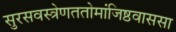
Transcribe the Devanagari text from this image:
सुरसवस्त्रेणततोमांजिष्ठवाससा